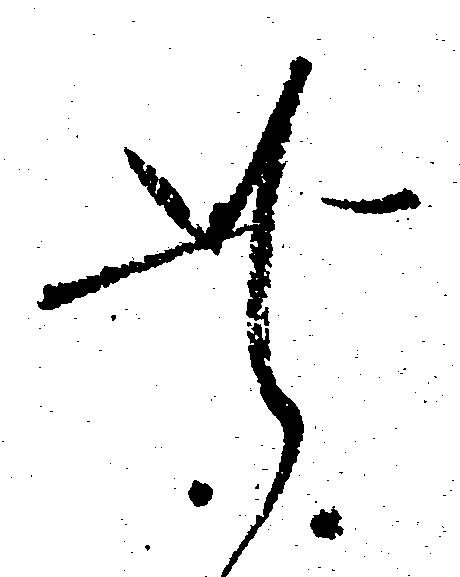
此